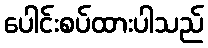
ပေါင်းစပ်ထားပါသည်